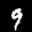
Label: 9